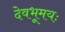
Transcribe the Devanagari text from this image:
देवभूमयः